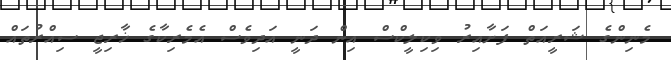
މެނިންގެ ޝަރީއަތް ފަށާއިރު ވިކިލީކްސް އިން ދަނީ އަދިވެސް އެމެރިކާގެ ޚާރިޖީ ސިއްރުތައް